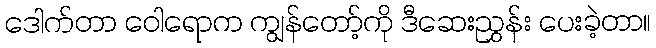
ဒေါက်တာ ဝေါရောက ကျွန်တော့်ကို ဒီဆေးညွှန်း ပေးခဲ့တာ။